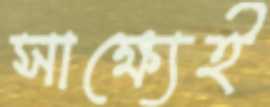
সাক্ষ্যেই